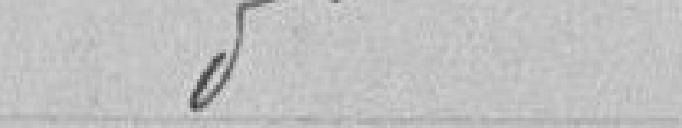
Idem